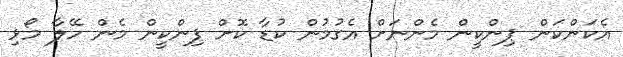
އެކަންކަން ޕިންކީން މެންނަށް އެގުމުން ކުޑާ ކޮށް ޕިންކީން މެން ހޭލާ މޯޅި